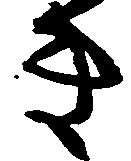
き